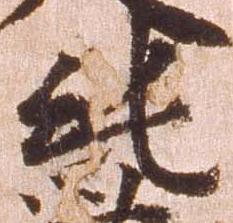
純